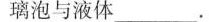
璃泡与液体.